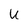
Character: U